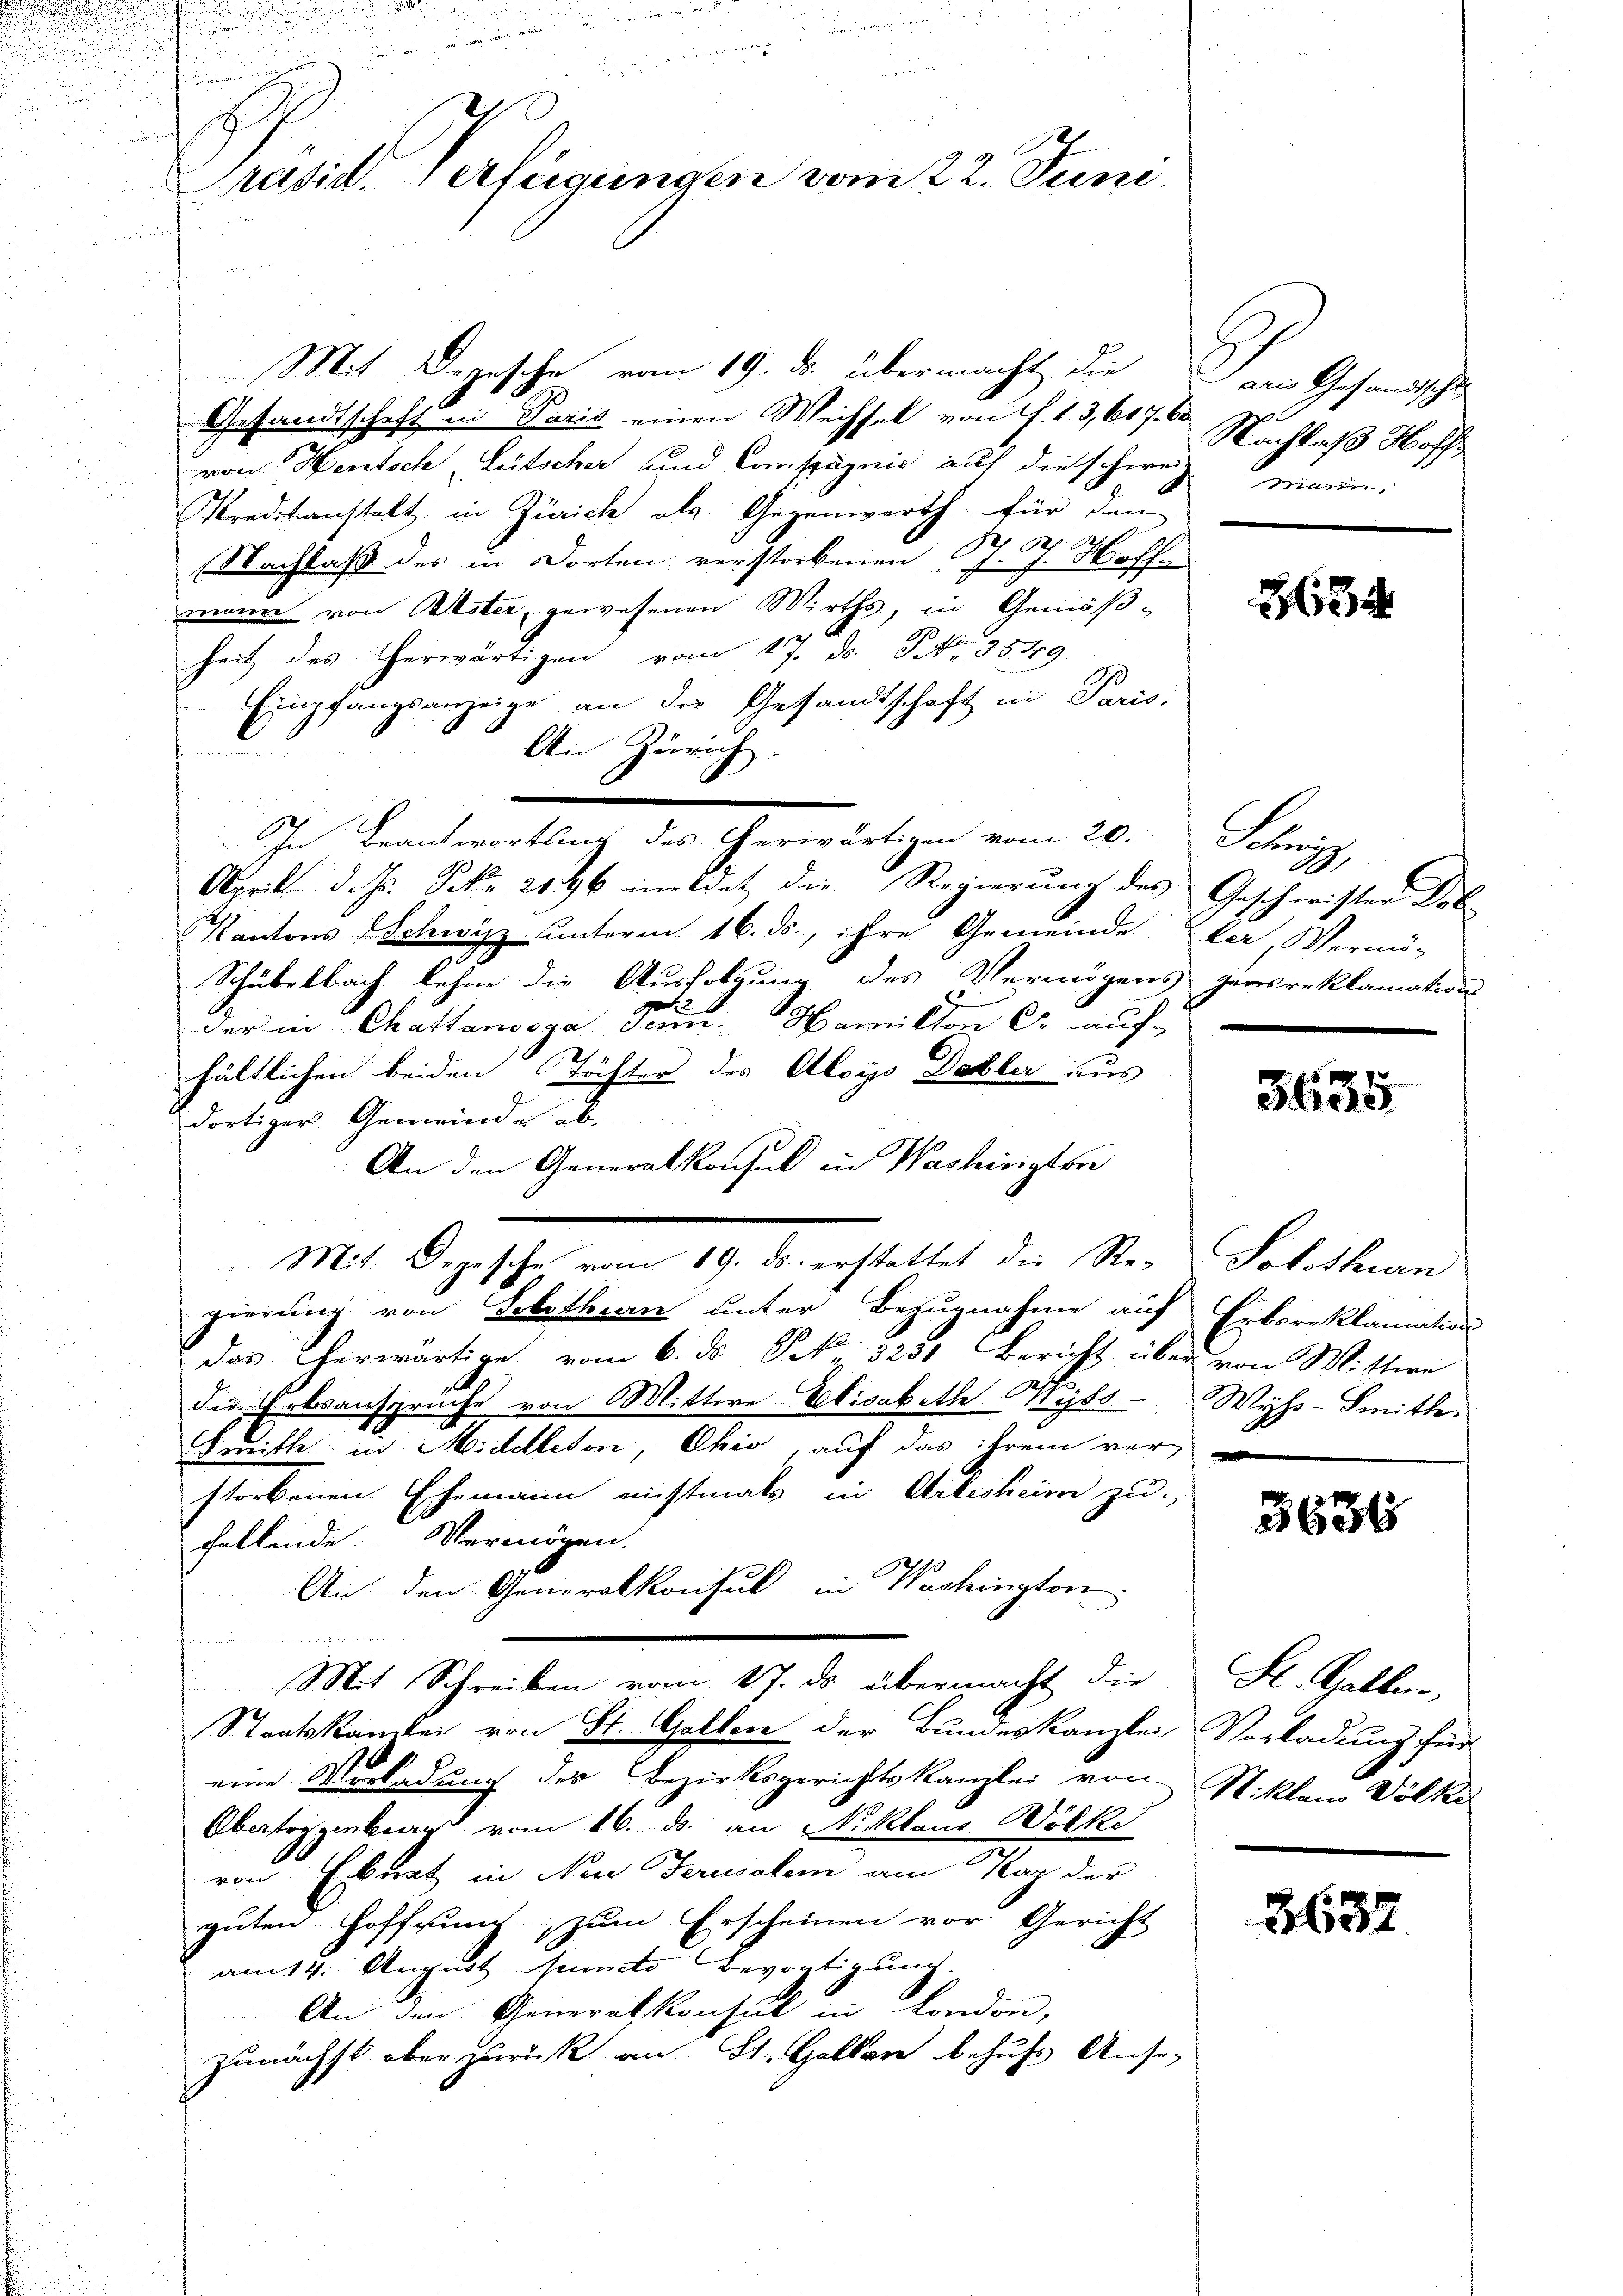
2
u
.

d

ne wegen
n

Präsid. Verfügungen vom 22. Juni.

Mit Depesche vom 19. ds. übermacht die aus Gesandtschl
Gesandtschaft in Paris einen Wechsel von J. 1. 3, 617. 60
von Mentsch Lütscher und Compagnie auf die schwei-
Kreditanstalt in Zürich als Gegenwerth für den
Nachlaß des in Dorten verstorbenen J. J. Hoff
mann von Wester, gewesenen Wirths, in Gemäßheit des erwärtigen vom 17. ds. S. 3849.
Empfangsanzeige an die Gesandtschaft in Paris,
An Zürich.
.
In Beantwortling des Herwärtigen vom 20.
April d. Js. Frk. 2196 mildet die Regierung des Geschwister Tob
Kantons Schwyz unterm 16. ds., ihre Gemeinde der, Vermö-
Schübelbach lehne die Ausfolgung des Vermögens gensreklamation
der in Chattanosga Sum. Hamikten C. auf-
hältlichen beiden Töchter des Aloys Fehler aus
dortiger Gemeinde ab-
An den Generalkonsul in Washingten
Mit Depesche vom 19. ds. erstattet die Re-
gierung von Solothurn unter Bezugnahme auf Erbsreklamation
das erwärtige vom 6. ds. S. 3231 Bericht über von Wittwe
die Erbsansprüche von Mittwe Elisabeth Wyss. Wyss-Smithe
Frmitte in Middleton, Ohio, auf das ihrem ver-
storbenen Ehemann nichtmals in Arlesheim zu-
haltende Vermögen.
An den Generalkonsul in Washington

Mit Schreiben vom 17. ds. übermacht die
Staatskanzlei von St. Gotten der Bundeskanzlei
eine Vorladung des Bezirksgerichtskanzlei von Nikten Völke
Obertoggenberg vom 16. ds. an Niklaus Wölke
von Erbunt in Neu Jerusalem am Kap der
guten Hoffnung zum Erscheinen vor Gericht
am 14. August puncto Bevogtigung.
An den Generalkonsul in London,
zunächst aber zurück an St. Gallen behufs Anse-

Nachlaß Hoff
merin.

25

K

f 8 x
ber

Solothurn

3636

St. Gallen,
Vorladung hier

3632